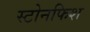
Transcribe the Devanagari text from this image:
स्टोनफिश